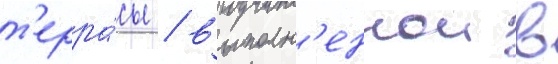
т'ерра́сы / выполн'еннои в